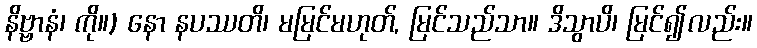
နိဗ္ဗာနံ၊ ကို။) နော နပဿတိ၊ မမြင်မဟုတ်, မြင်သည်သာ။ ဒိသွာပိ၊ မြင်၍လည်း။